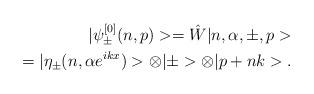
LaTeX: \begin{align*}|\psi_\pm^{[0]}(n,p)>=\hat W |n,\alpha,\pm,p>\\=|\eta_\pm(n,\alpha e^{ikx})>\otimes|\pm>\otimes|p+ n k>.\end{align*}